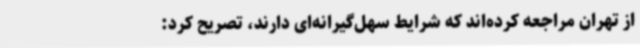
از تهران مراجعه کرده‌اند که شرایط سهل‌گیرانه‌ای دارند، تصریح کرد: